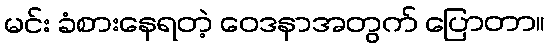
မင်း ခံစားနေရတဲ့ ဝေဒနာအတွက် ပြောတာ။